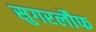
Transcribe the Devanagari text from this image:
सुगरलौफ